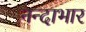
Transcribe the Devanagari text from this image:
नन्दाभार